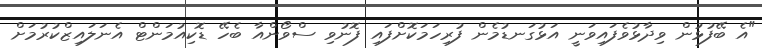
"އެ ބޭފުޅުން ވިދާޅުވެފައިވަނީ އަޅުގަނޑުމެން ފުރިހަމަކޮށްފައި ފޮނުވި ސްވޯންއާ ބެހޭ ޑޮކިއުމަންޓް އެނަލައިޒްކުރުމަށް